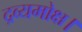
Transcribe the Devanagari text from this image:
द्रव्यमोक्ष।